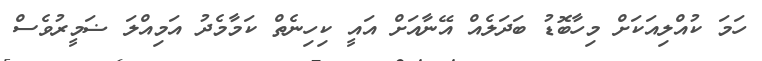
ހަމަ ކުއްލިއަކަށް މިހާބޮޑު ބަދަލެއް އޭނާއަށް އައީ ކިހިނެތް ކަމާމެދު އަމިއްލަ ޟަމީރުވެސް